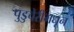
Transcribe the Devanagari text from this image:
पुडुचेरीमधून